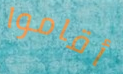
أقاموا